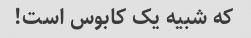
که شبیه یک کابوس است!